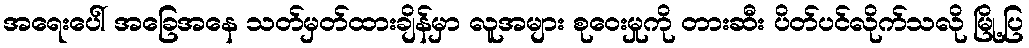
အရေးပေါ် အခြေအနေ သတ်မှတ်ထားချိန်မှာ လူအများ စုဝေးမှုကို တားဆီး ပိတ်ပင်လိုက်သလို မြို့ပြ